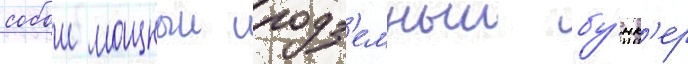
собои мощныи подз'емныи бу́нк'ер